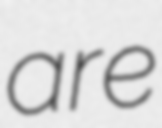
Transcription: are